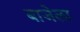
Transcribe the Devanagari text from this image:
बाजेला